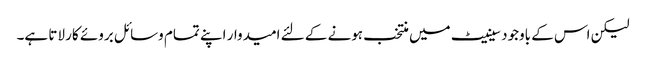
لیکن اس کے باوجود سینیٹ میں منتخب ہونے کے لئے امیدوار اپنے تمام وسائل بروئے کار لاتا ہے۔